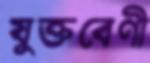
যুক্তবেণী